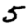
Digit: 5